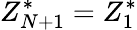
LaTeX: Z_{N+1}^{*}=Z_{1}^{*}